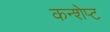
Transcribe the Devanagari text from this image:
कन्शेप्ट